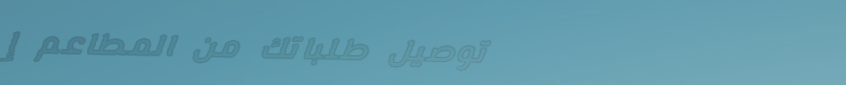
توصيل طلباتك من المطاعم إ